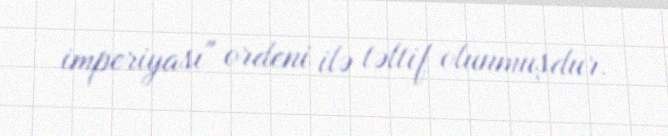
imperiyası" ordeni ilə təltif olunmuşdur.